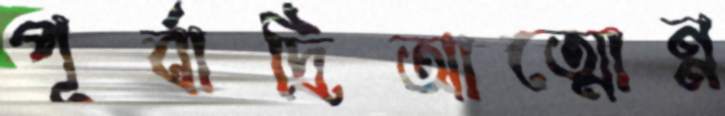
পূর্বাদ্রিআত্মোন্ন